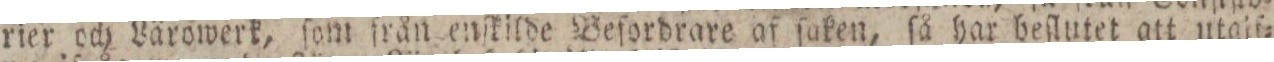
rier och Lärowerk, ſom från enſkilde Beſordrare af ſaken, ſå har beſlutet att utgif=